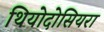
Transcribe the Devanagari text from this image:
थियोदोसियरा